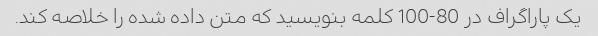
یک پاراگراف در 80-100 کلمه بنویسید که متن داده شده را خلاصه کند.